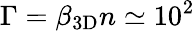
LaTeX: \Gamma=\beta_{\mathrm{3D}}n\simeq 10^{2}